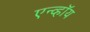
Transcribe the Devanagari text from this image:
एन्व्हॉय